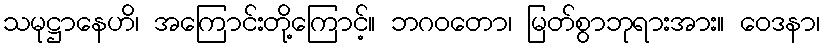
သမုဋ္ဌာနေဟိ၊ အကြောင်းတို့ကြောင့်။ ဘဂဝတော၊ မြတ်စွာဘုရားအား။ ဝေဒနာ၊